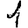
Digit: 1